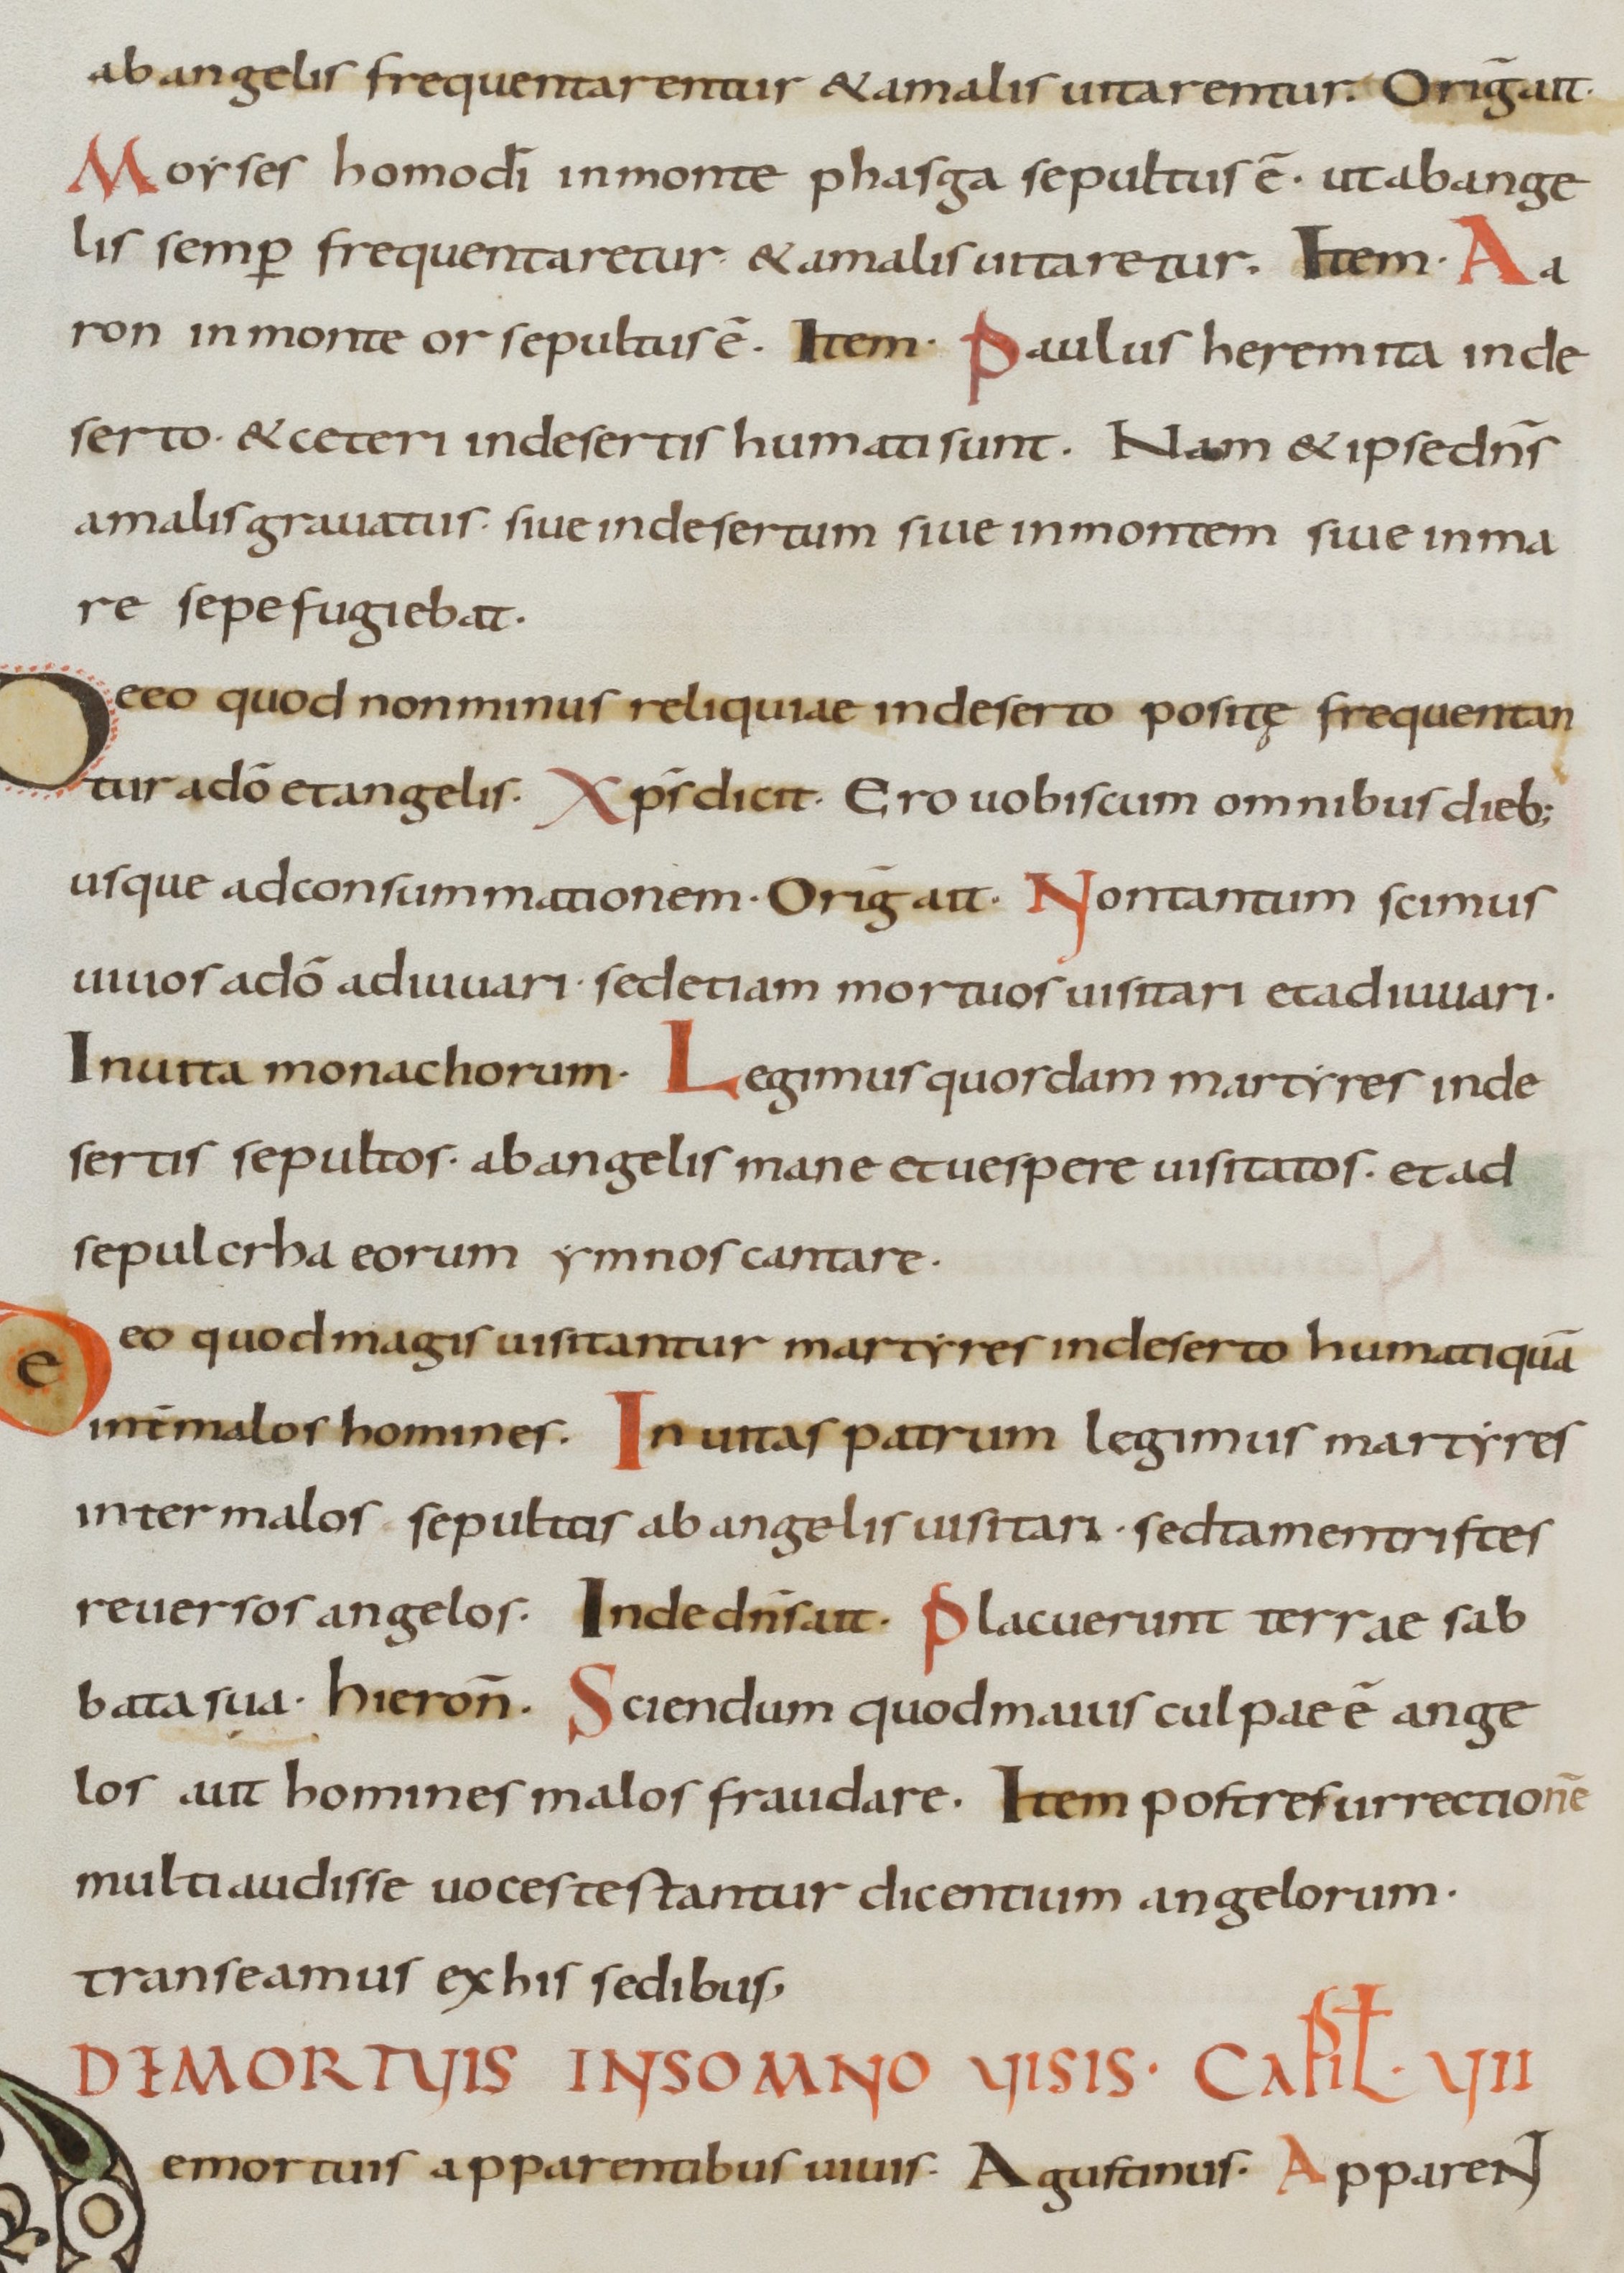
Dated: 800–899